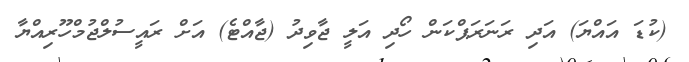
(ކުޑަ އައްޔަ) އަދި ރަނަރަޕްކަން ހޯދި އަލީ ޖާވިދު (ޖާއްޓެ) އަށް ރައީސުލްޖުމްހޫރިއްޔާ